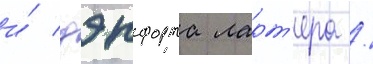
и́ дэнфорта ларт'ера /